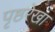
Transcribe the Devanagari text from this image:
पृष्ठरेखा